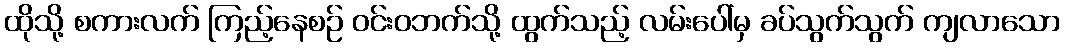
ထိုသို့ စကားလက် ကြည့်နေစဉ် ဝင်းဝဘက်သို့ ထွက်သည့် လမ်းပေါ်မှ ခပ်သွက်သွက် ကျလာသော